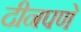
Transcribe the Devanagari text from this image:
दीनपणे